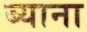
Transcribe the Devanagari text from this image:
ब्याना